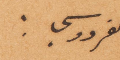
الفردوسي: